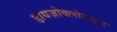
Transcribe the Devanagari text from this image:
डायज़ोक्लोराइड